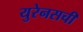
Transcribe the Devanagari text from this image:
युरेनसची